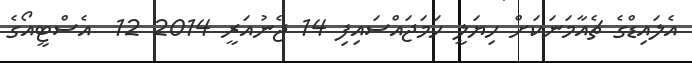
އެލައިޑްގެ ޗެއާމަނަކަށް ހިޔަލީ ހަމަޖައްސައިފި 14 ޖެނުއަރީ 2014 12  އެސްޓީއޯގެ